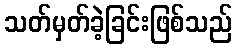
သတ်မှတ်ခဲ့ခြင်းဖြစ်သည်